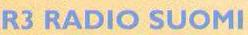
R3 RADIOSUOMI